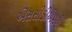
એસસીડીએમએ